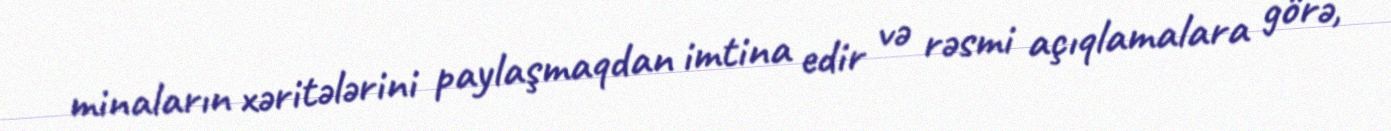
minaların xəritələrini paylaşmaqdan imtina edir və rəsmi açıqlamalara görə,